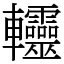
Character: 䡿